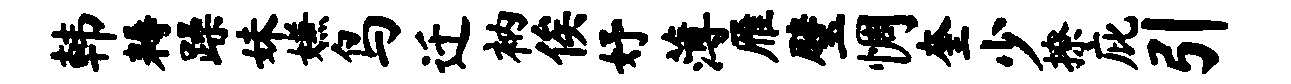
韩耨躁妹嫌鸟迁衲俟妤薄雁璧惆奎少撩庇引